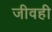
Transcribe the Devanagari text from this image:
जीवही